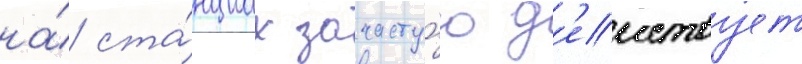
на́ ста́нциах зачасту́ю д'еиствует